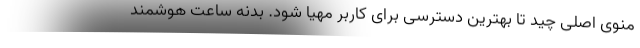
منوی اصلی چید تا بهترین دسترسی برای کاربر مهیا شود. بدنه ساعت هوشمند